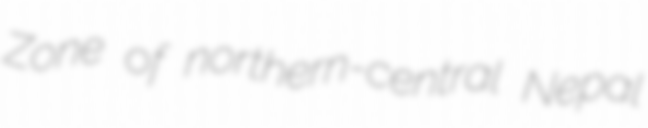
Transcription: Zone of northern-central Nepal